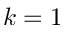
k = 1